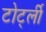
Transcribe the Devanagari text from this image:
टोर्ट्ली